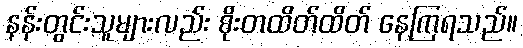
နန်းတွင်းသူများလည်း စိုးတထိတ်ထိတ် နေကြရသည်။